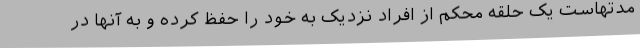
مدتهاست یک حلقه محکم از افراد نزدیک به خود را حفظ کرده و به آنها در